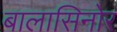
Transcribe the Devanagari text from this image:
बालासिनोर